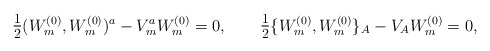
\begin{align*}\hbox{\large $\frac{1}{2}$} ( W^{(0)}_m, W^{(0)}_m)^a - V_m^a W^{(0)}_m = 0,\qquad\hbox{\large $\frac{1}{2}$} \{ W^{(0)}_m, W^{(0)}_m \}_A - V_A W^{(0)}_m = 0,\end{align*}